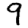
Digit: 9